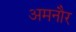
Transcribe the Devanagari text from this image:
अमनौर